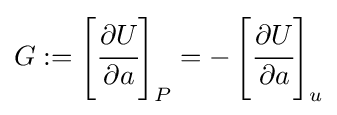
G:=\left[{\cfrac {\partial U}{\partial a}}\right]_{P}=-\left[{\cfrac {\partial U}{\partial a}}\right]_{u}